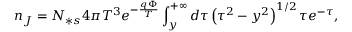
n _ { J } = N _ { \ast s } 4 \pi T ^ { 3 } e ^ { - \frac { q \Phi } { T } } \int _ { y } ^ { + \infty } d \tau \left( \tau ^ { 2 } - y ^ { 2 } \right) ^ { 1 / 2 } \tau e ^ { - \tau } ,